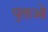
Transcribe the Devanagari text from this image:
पुताओ